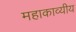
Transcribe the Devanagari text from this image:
महाकाव्यीय